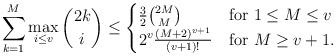
LaTeX: \begin{align*}\sum_{k=1}^M \max_{i \leq v} {{2k} \choose i } \leq \begin{cases}\frac{3}{2} {2M \choose M} & \mbox{for $1 \leq M \leq v$}\\ 2^{v} \frac{(M+2)^{v+1}}{(v+1)!} & \mbox{for $M \geq v+1$}.\end{cases}\end{align*}